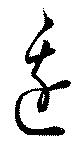
邊